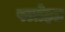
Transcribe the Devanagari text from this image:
फ्लोइड